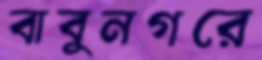
বাবুনগরে